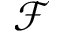
\mathcal { F }